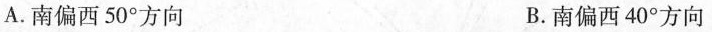
A.南偏西50°方向 B.南偏西40°方向